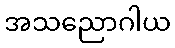
အသညောဂါယ